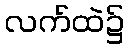
လက်ထဲ၌